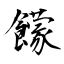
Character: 饛